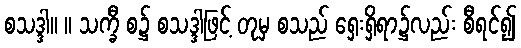
စသဒ္ဒါ။ ။ သက္ခီ စ၌ စသဒ္ဒါဖြင့် တုမှ စသည် ရှေးရှိရာ၌လည်း စီရင်၍